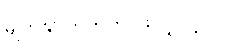
မျက်နှာကြက်က ဖြူလွှလို့ပါပဲ။